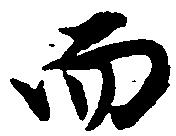
而